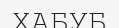
ХАБУБ